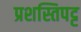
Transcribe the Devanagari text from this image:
प्रशस्तिपट्ट